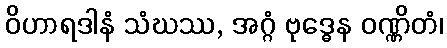
ဝိဟာရဒါနံ သံဃဿ, အဂ္ဂံ ဗုဒ္ဓေန ဝဏ္ဏိတံ၊